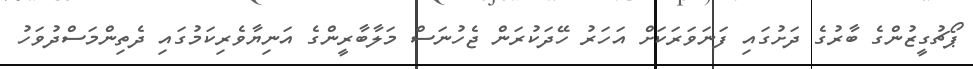
ޕޯޗުގީޒުންގެ ބާރުގެ ދަށުގައި ފަނަވަރަކަށް އަހަރު ހޭދަކުރަން ޖެހުނަސް މަލާބާރީންގެ އަނިޔާވެރިކަމުގައި ދެތިންމަސްދުވަހު